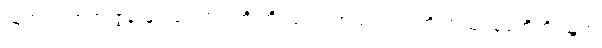
သူက လော်ရာ ဇွန်းနှင့် ခက်ရင်းကို ကိုင်ပုံ၊ လက်သုတ်ပဝါကို အသုံးပြုပုံတို့ကို သူက